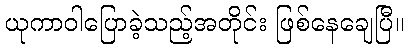
ယုကာဝါပြောခဲ့သည့်အတိုင်း ဖြစ်နေချေပြီ။